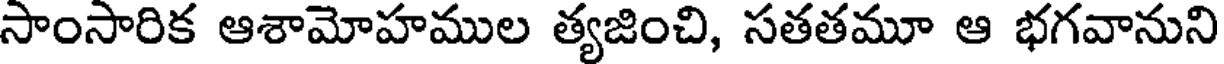
సాంసారిక ఆశామోహముల త్యజించి, సతతమూ ఆ భగవానుని